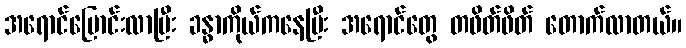
အရောင်ပြောင်းလာပြီး ခန္ဓာကိုယ်ကနေပြီး အရောင်တွေ တဖိတ်ဖိတ် တောက်လာတယ်။